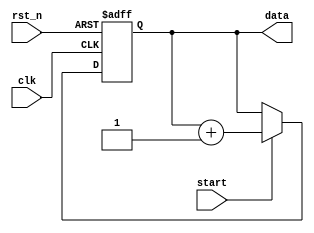
// -----------------------------Details----------------------------------- // 
// Version     : 1.0
// Description : generate data for uart testing(just a normal counter)
// -----------------------------History----------------------------------- //
// Date      BY          Version  Change Description
//
// 20201210  flyjancy   1.0      Initial Release. 
// ----------------------------------------------------------------------- // 

module data_generator(
    input           clk,
    input           rst_n,
    input           start, // generate new data
    output [7 : 0]  data   // generated data
);

reg  [7 : 0] data_reg;
wire [7 : 0] data_reg_nxt = data_reg + 1'b1;

always @ (posedge clk or negedge rst_n) begin
    if (~rst_n) data_reg <= 8'b0;
    else if (start) data_reg <= data_reg_nxt;
end

assign data = data_reg;

endmodule